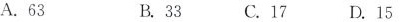
A.63 B.33 C.17 D.15